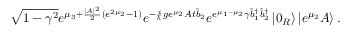
\sqrt { 1 - \gamma ^ { 2 } } e ^ { \mu _ { 3 } + \frac { | A | ^ { 2 } } { 2 } \left( e ^ { 2 \mu _ { 2 } } - 1 \right) } e ^ { - \frac { i } { \hslash } g e ^ { \mu _ { 2 } } A t \hat { b } _ { 2 } } e ^ { e ^ { \mu _ { 1 } - \mu _ { 2 } } \gamma \hat { b } _ { 1 } ^ { \dagger } \hat { b } _ { 2 } ^ { \dagger } } \left\vert 0 _ { R } \right\rangle \left\vert e ^ { \mu _ { 2 } } A \right\rangle .